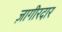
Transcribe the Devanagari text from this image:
ज़ागीरदार